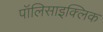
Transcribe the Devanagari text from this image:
पॉलिसाइक्लिक